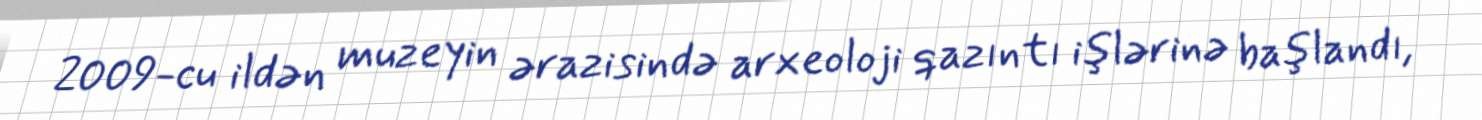
2009-cu ildən muzeyin ərazisində arxeoloji qazıntı işlərinə başlandı,